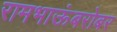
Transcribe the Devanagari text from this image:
रामभाऊंबरोबर